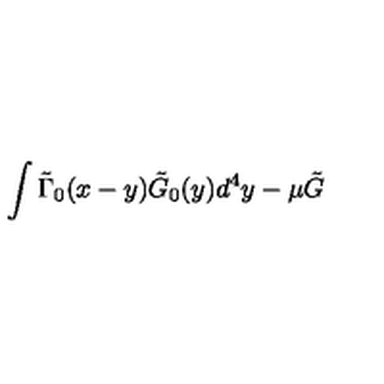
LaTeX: \int \tilde { \Gamma } _ { 0 } ( x - y ) \tilde { G } _ { 0 } ( y ) d ^ { 4 } y - \mu \tilde { G }